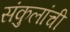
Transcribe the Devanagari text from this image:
संकुलांची